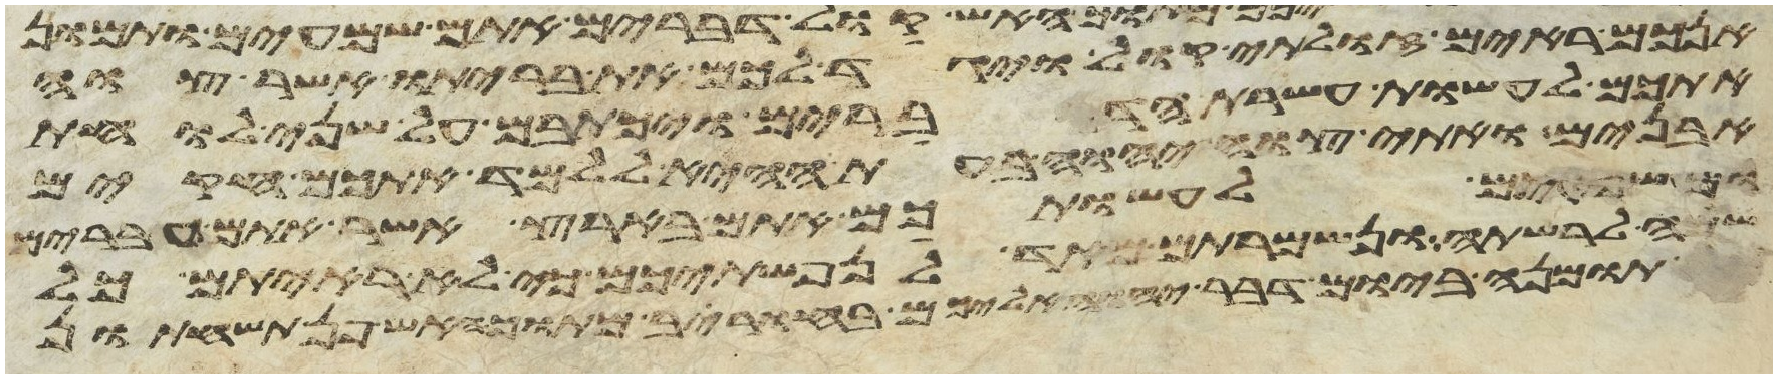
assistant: אינכם ראים זולתי קול ויגד לכם את בריתו אשר צוה
אתכם לעשות עשרת הדברים ויכתבם על שני לוחת
אבנים ואתי צוה יהוה בעת ההיא ללמד אתכם חקים
ומשפטים לעשותכם אתם בארץ אשר אתם עברים
שמה לרשתה ונשמרתם מאד לנפשתיכם כי לא ראיתם כל
תמונה ביום דבר יהוה אליכם בחורב מתוך האש פן תשחתון